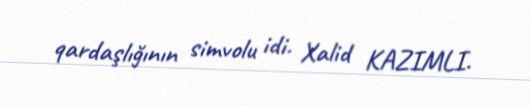
qardaşlığının simvolu idi. Xalid KAZIMLI.